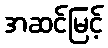
အဆင်မြင့်